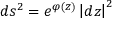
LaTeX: d s ^ { 2 } = e ^ { \varphi ( z ) } \left| d z \right| ^ { 2 }